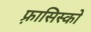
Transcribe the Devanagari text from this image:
फ़्रासिस्को